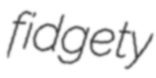
fidgety